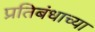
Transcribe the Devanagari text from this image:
प्रतिबंधाच्या